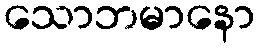
သောဘမာနော